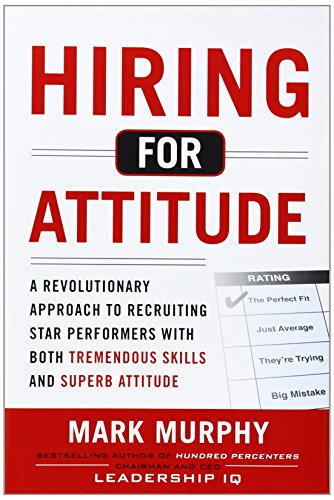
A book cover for Hiring for Attitude: A Revolutionary Approach to Recruiting and Selecting People with Both Tremendous Skills and Superb Attitude; Mark Murphy; Business & Money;